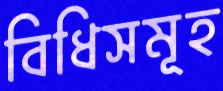
বিধিসমূহ